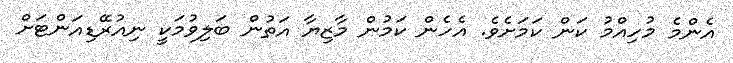
އެންމެ މުހިއްމު ކަން ކަމަށެވެ. އެހެން ކަމުން މާޒިޔާ އަތުން ބަލިވުމަކީ ނިއުރޭޑިއަންޓަށް